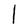
Character: I